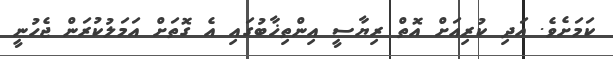
ކަމަށެވެ. އަދި ކުރިއަށް އޮތް ރިޔާސީ އިންތިޚާބުގައި އެ ގޮތަށް އަމަލުކުރަން ޖެހުނީ